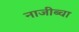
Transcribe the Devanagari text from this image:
नाजीब्चा